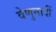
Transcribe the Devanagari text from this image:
वेणुनादीं